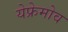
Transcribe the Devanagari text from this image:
येफ्रेमोव